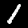
Label: 1